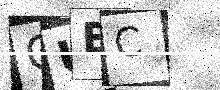
Text: CUEC